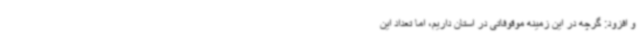
و افزود: گرچه در این زمینه موقوفاتی در استان داریم، اما تعداد این